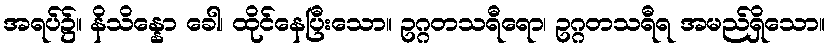
အရပ်၌။ နိသိန္နော ခေါ၊ ထိုင်နေပြီးသော။ ဥဂ္ဂတသရီရော၊ ဥဂ္ဂတသရီရ အမည်ရှိသော။